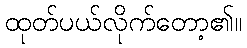
ထုတ်ပယ်လိုက်တော့၏။